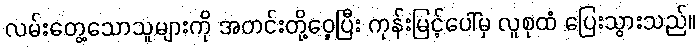
လမ်းတွေ့သောသူများကို အတင်းတို့ဝှေ့ပြီး ကုန်းမြင့်ပေါ်မှ လူစုထံ ပြေးသွားသည်။